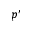
p ^ { \prime }